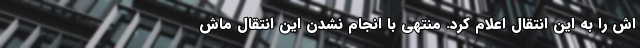
اش را به این انتقال اعلام کرد. منتهی با انجام نشدن این انتقال ماش